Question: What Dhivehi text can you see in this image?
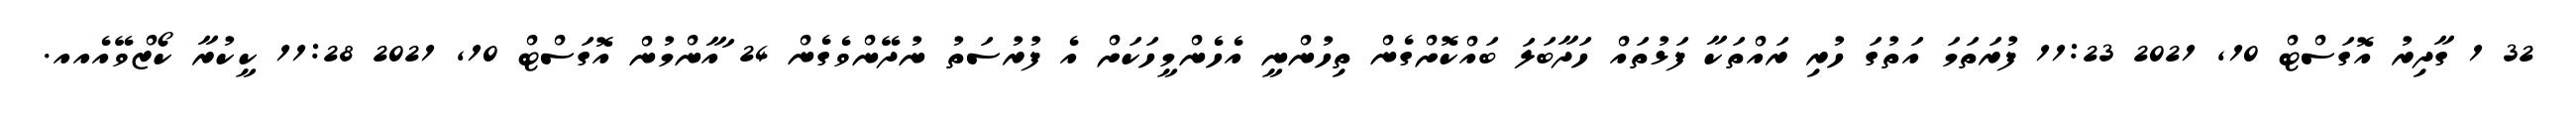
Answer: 32 1 ގާދިރު އޮގަސްޓް 10, 2021 11:23 ފުރަތަމަ އަތުގަ ހުރި ރައްތަކާ ފަޅުތައް ހަދާބަލަ ބައްކޮށްގެން ތިހުންނީ އެހެންމީހަކަށް އެ ފުރުސަތު ނުދޭންވެގެން 24 ައާންމުން އޮގަސްޓް 10, 2021 11:28 ކީކުރާ ކޯޒްވޭއެއއ.